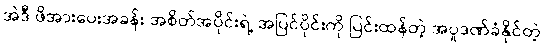
အဲဒီ ဖိအားပေးအခန်း အစိတ်အပိုင်းရဲ့ အပြင်ပိုင်းကို ပြင်းထန်တဲ့ အပူဒဏ်ခံနိုင်တဲ့